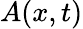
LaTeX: A(x,t)